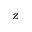
z